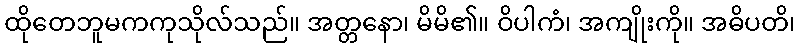
ထိုတေဘူမကကုသိုလ်သည်။ အတ္တနော၊ မိမိ၏။ ဝိပါကံ၊ အကျိုးကို။ အဓိပတိ၊